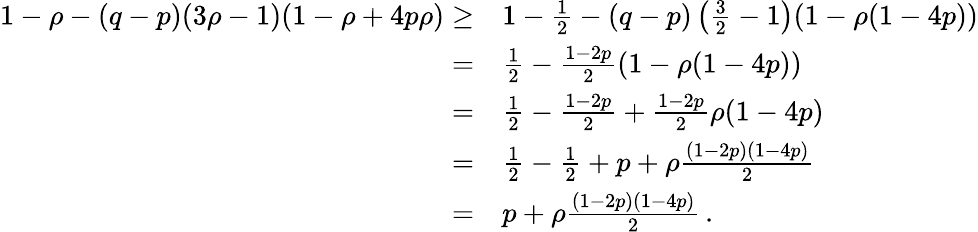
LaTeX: \begin{array}{rl}{1-\rho-(q-p)(3\rho-1)(1-\rho+4p\rho)\ge}&{1-\frac{1}{2}-(q-p)\left(\frac{3}{2}-1\right)(1-\rho(1-4p))}\\ {=}&{\frac{1}{2}-\frac{1-2p}{2}(1-\rho(1-4p))}\\ {=}&{\frac{1}{2}-\frac{1-2p}{2}+\frac{1-2p}{2}\rho(1-4p)}\\ {=}&{\frac{1}{2}-\frac{1}{2}+p+\rho\frac{(1-2p)(1-4p)}{2}}\\ {=}&{p+\rho\frac{(1-2p)(1-4p)}{2}\, .}\end{array}